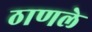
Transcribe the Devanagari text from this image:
ठाणले